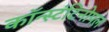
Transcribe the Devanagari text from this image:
कॉन्स्टंटिनोपल